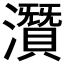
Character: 𤂯